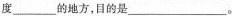
度___的地方，目的是___。